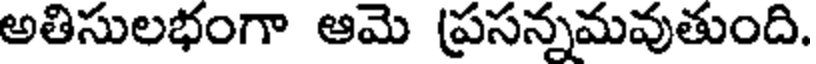
అతిసులభంగా ఆమె ప్రసన్నమవుతుంది.